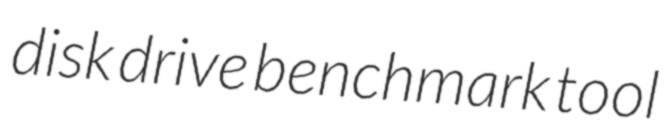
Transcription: disk drive benchmark tool